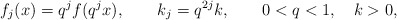
\begin{align*}f_j(x)=q^j f(q^j x),\qquad k_j= q^{2j}k, \qquad 0<q<1, \quad k>0,\end{align*}